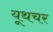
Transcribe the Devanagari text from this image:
यूथचर